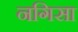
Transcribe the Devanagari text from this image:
नगिसा